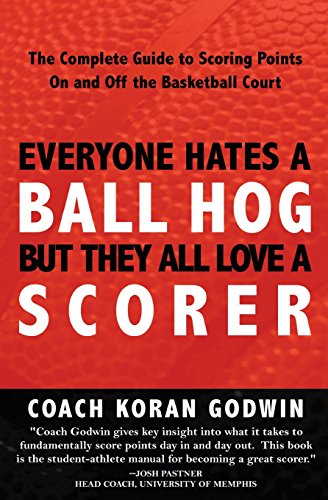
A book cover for Everyone Hates A Ball Hog But They All Love A Scorer: The Complete Guide To Scoring Points On And Off The Basketball Court; Coach Koran Godwin; Sports & Outdoors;